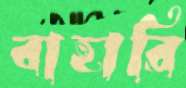
বাহারি